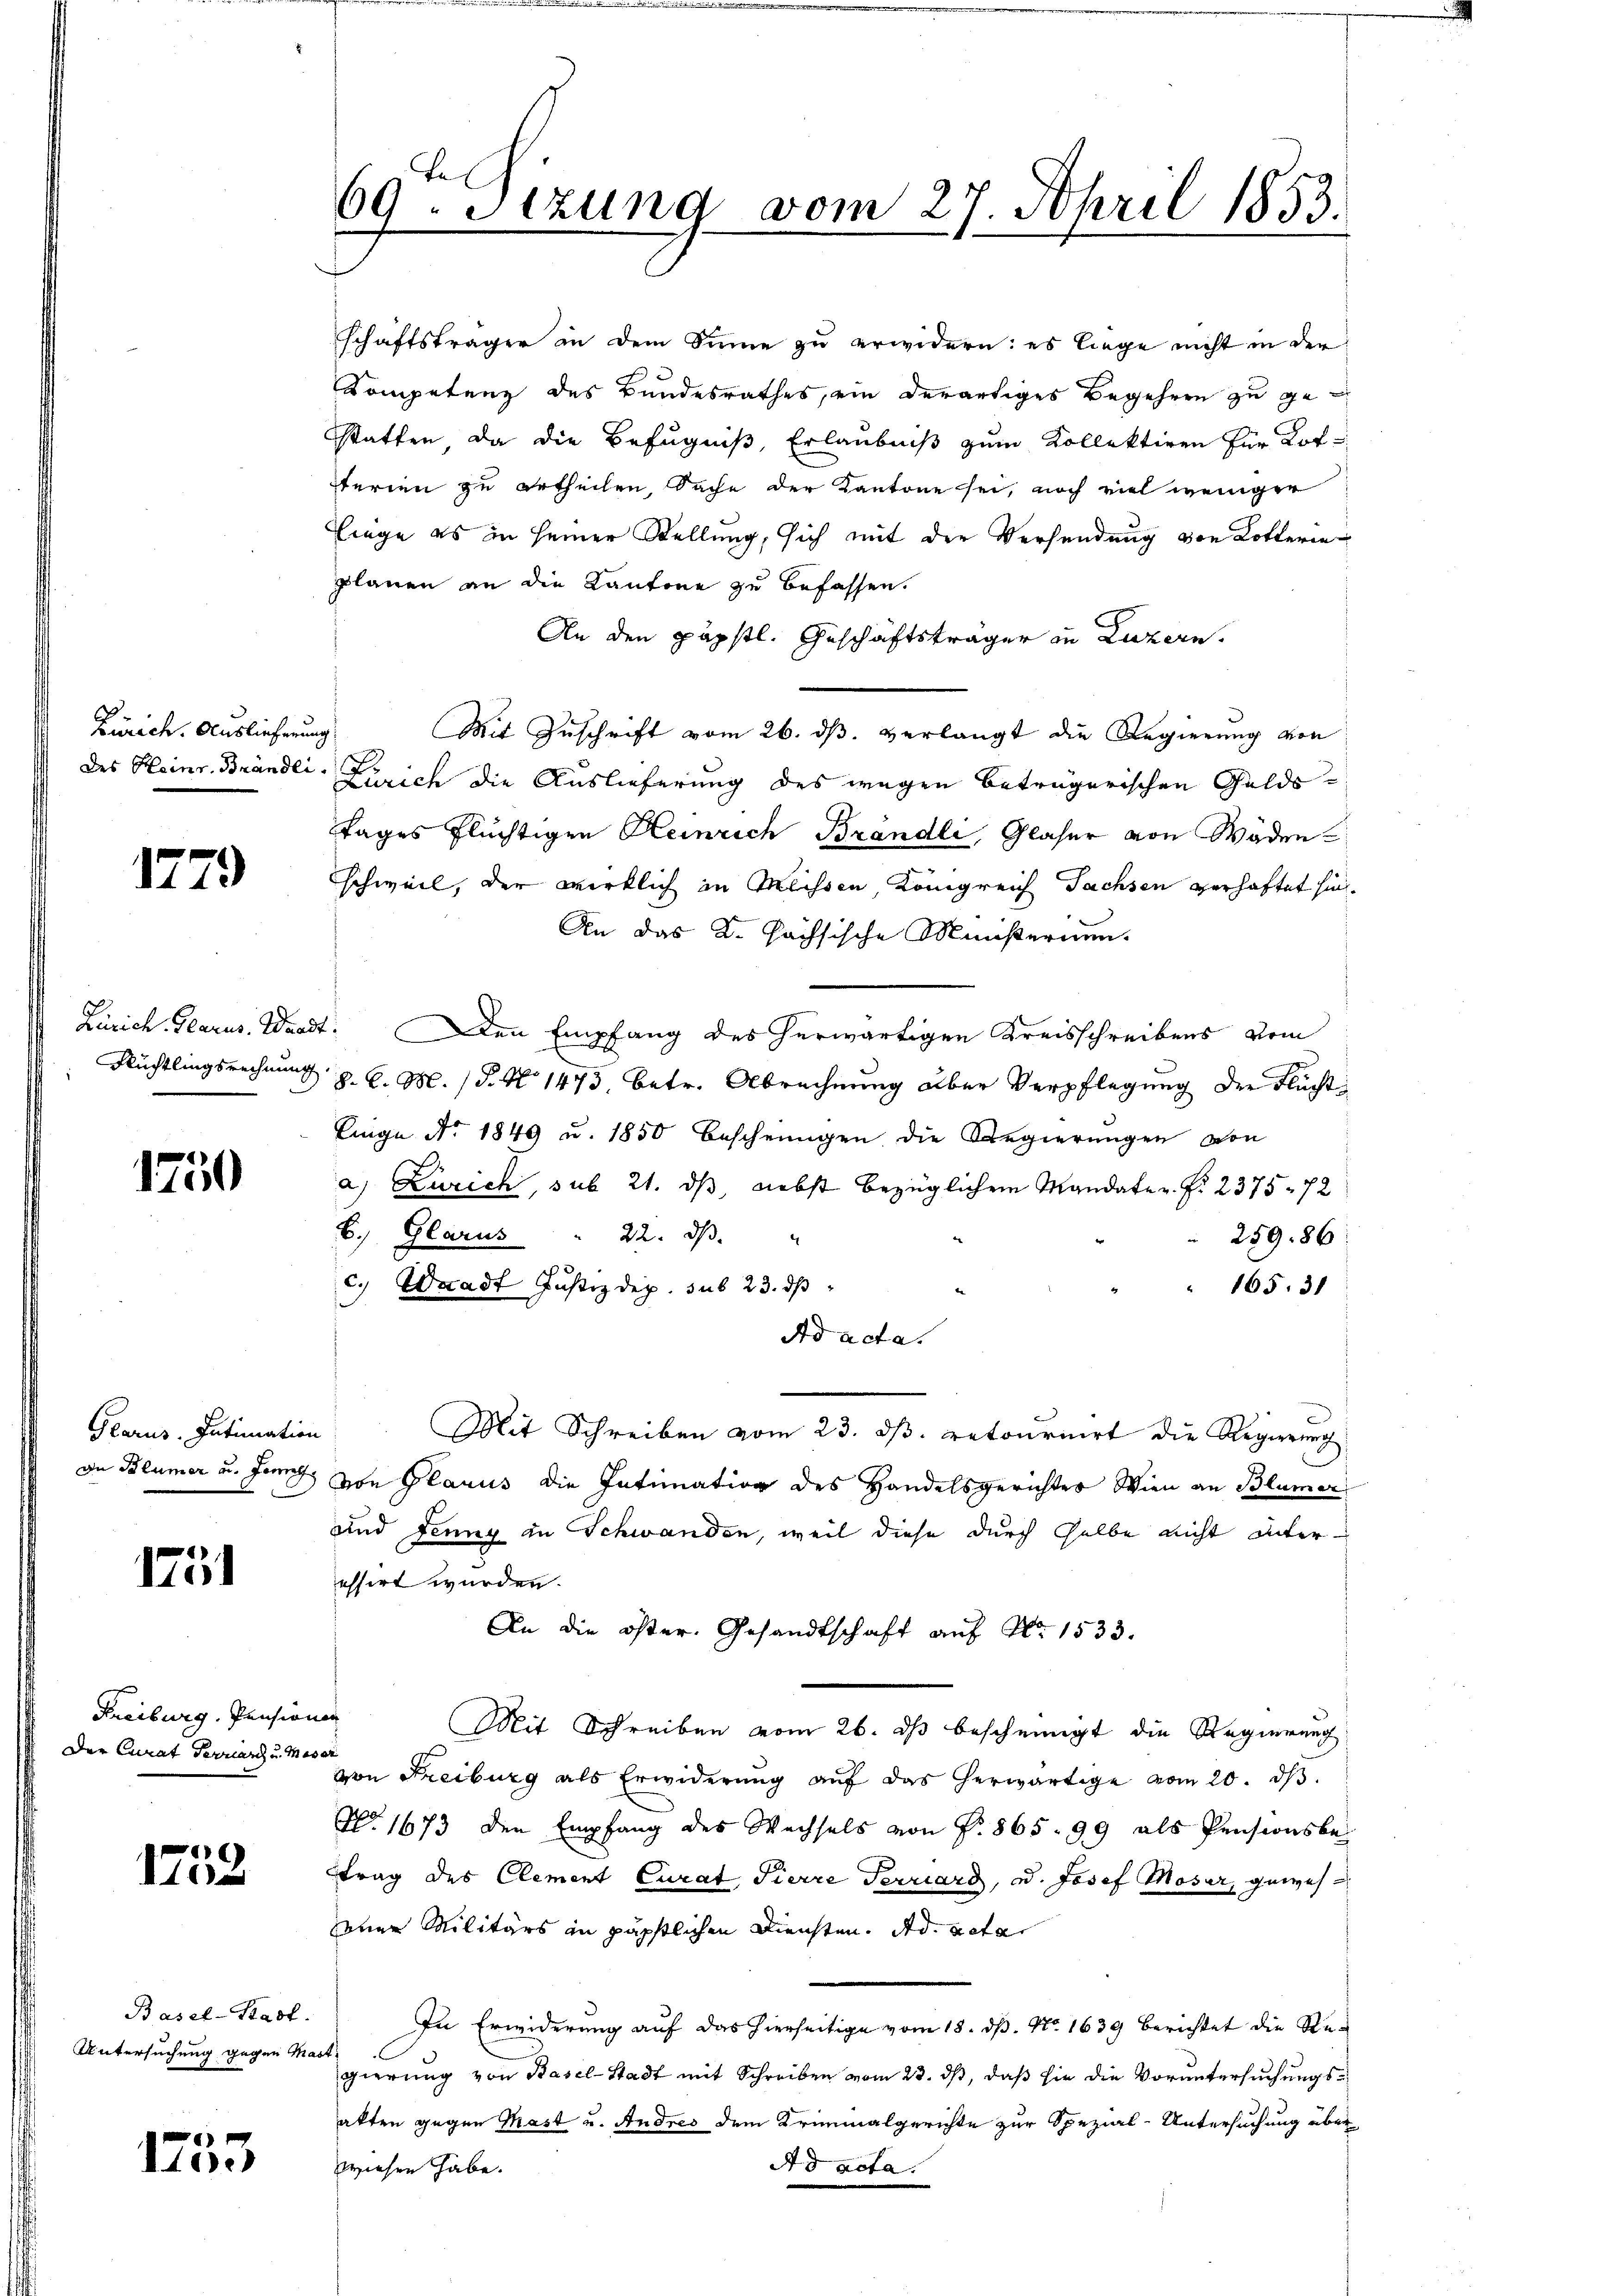
Zürich. Auslieferung
des Heinr. Brändli

1779

Zürich Glarus, Waad
Rüchtlingsrechnung

1750

Glarus. Intimation
Dn Blümer u. Jenn

175

Freiburg, Pension
Der Curat Ferranz u. Mar

1752

Basel-Stadt.
Untersuchung gegen Mas

1753

69. Sezung vom 27 Schril 1853.
I
2

schäftsträger in dem Sinne zu erwidern: es liege nicht in der
Kompetenz des Bundesrathes, ein derartiges Begehren zu gestatten, da die Befugniß, Erlaubniß zum Kollektiren für Lotterien zu ertheilen, Sache der Kantone sei, noch viel weniger
linge es in seiner Stellung, sich mit der Versendung von Lotterieplanen an die Kantone zu befassen.
An den päpstl. Geschäftsträger in Luzern.
Mit Zuschrift vom 26. ds. verlangt die Regierung von
Zürich die Auslieferung des wegen beträgerischen Gelds¬
Tages flüchtigen Heinrich Brandli, Glaser von Wäden
schweil, der wirklich in Meissen, Königreich Tachsen verhaftet hin.
An das K. Sachsische Münsternen-
t. Den Empfang des herwärtigen Kreisschreibens vom
8. C. M. (§. No 1473, betr. Abrechnung aber Verpflegung der Flucht
Liege No. 1849 u. 1850 Bescheungen die Regierungen von
a) Zürich, sub 21. ds, nebst bezüglichem Mandate z. B. 2375. 72
b. Glarus " 22. dβ.
25986:
c. Waadt Justizdep. sub 23. ds
" 165. 31
Ad acta.
Mit Schreiben vom 23. dβ. retournirt die Regierung
von Glarus die Intimation des Handelsgerichter Wien an Blümer
und Jenny in Schwanden, weil diese durch selbe nicht unteressirt wurden.
An die öster. Gesandtschaft auf Nr. 1533.
a
Mit Schreiben vom 26. ds bescheinigt die Regierung
.
von Freiburg als Erwiderŭng aŭf das herwärtige vom 20. dβ.
No. 1673 den Empfang des Wechsels von P. 865. 99 als Pensionsbe-
trag des Clement Curat Pierre Terrard, u. Josef Moser, gewes
einer Militärs in päpstlichen Diensten, ded. vota
In Erwiderung auf das hierseitige vom 18. dß. No. 1639 berichtet die Ste-
at.
gierung von Basel-Stadt mit Schreiben vom 23. ds, daß sie die Voruntersuchungsakten gegen Mast u. Andres dem Kriminalgerichte zur Spezial-Untersuchung über
Ad acta.
wiesen habe.